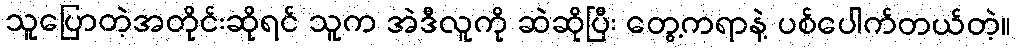
သူပြောတဲ့အတိုင်းဆိုရင် သူက အဲဒီလူကို ဆဲဆိုပြီး တွေ့ကရာနဲ့ ပစ်ပေါက်တယ်တဲ့။